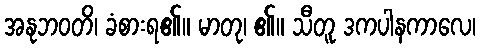
အနုဘဝတိ၊ ခံစားရ၏။ မာတု၊ ၏။ သီတူ ဒကပါနကာလေ၊